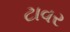
ટાવર